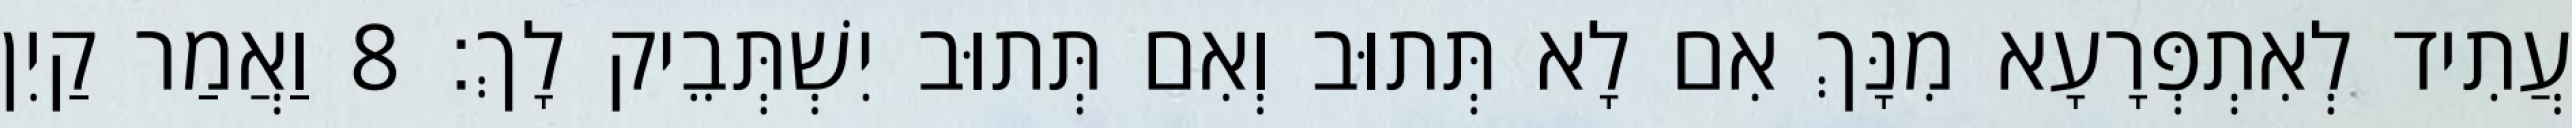
עֲתִיד לְאִתְפְּרָעָא מִנָּךְ אִם לָא תְּתוּב וְאִם תְּתוּב יִשְׁתְּבֵיק לָךְ׃ 8 וַאֲמַר קַיִן